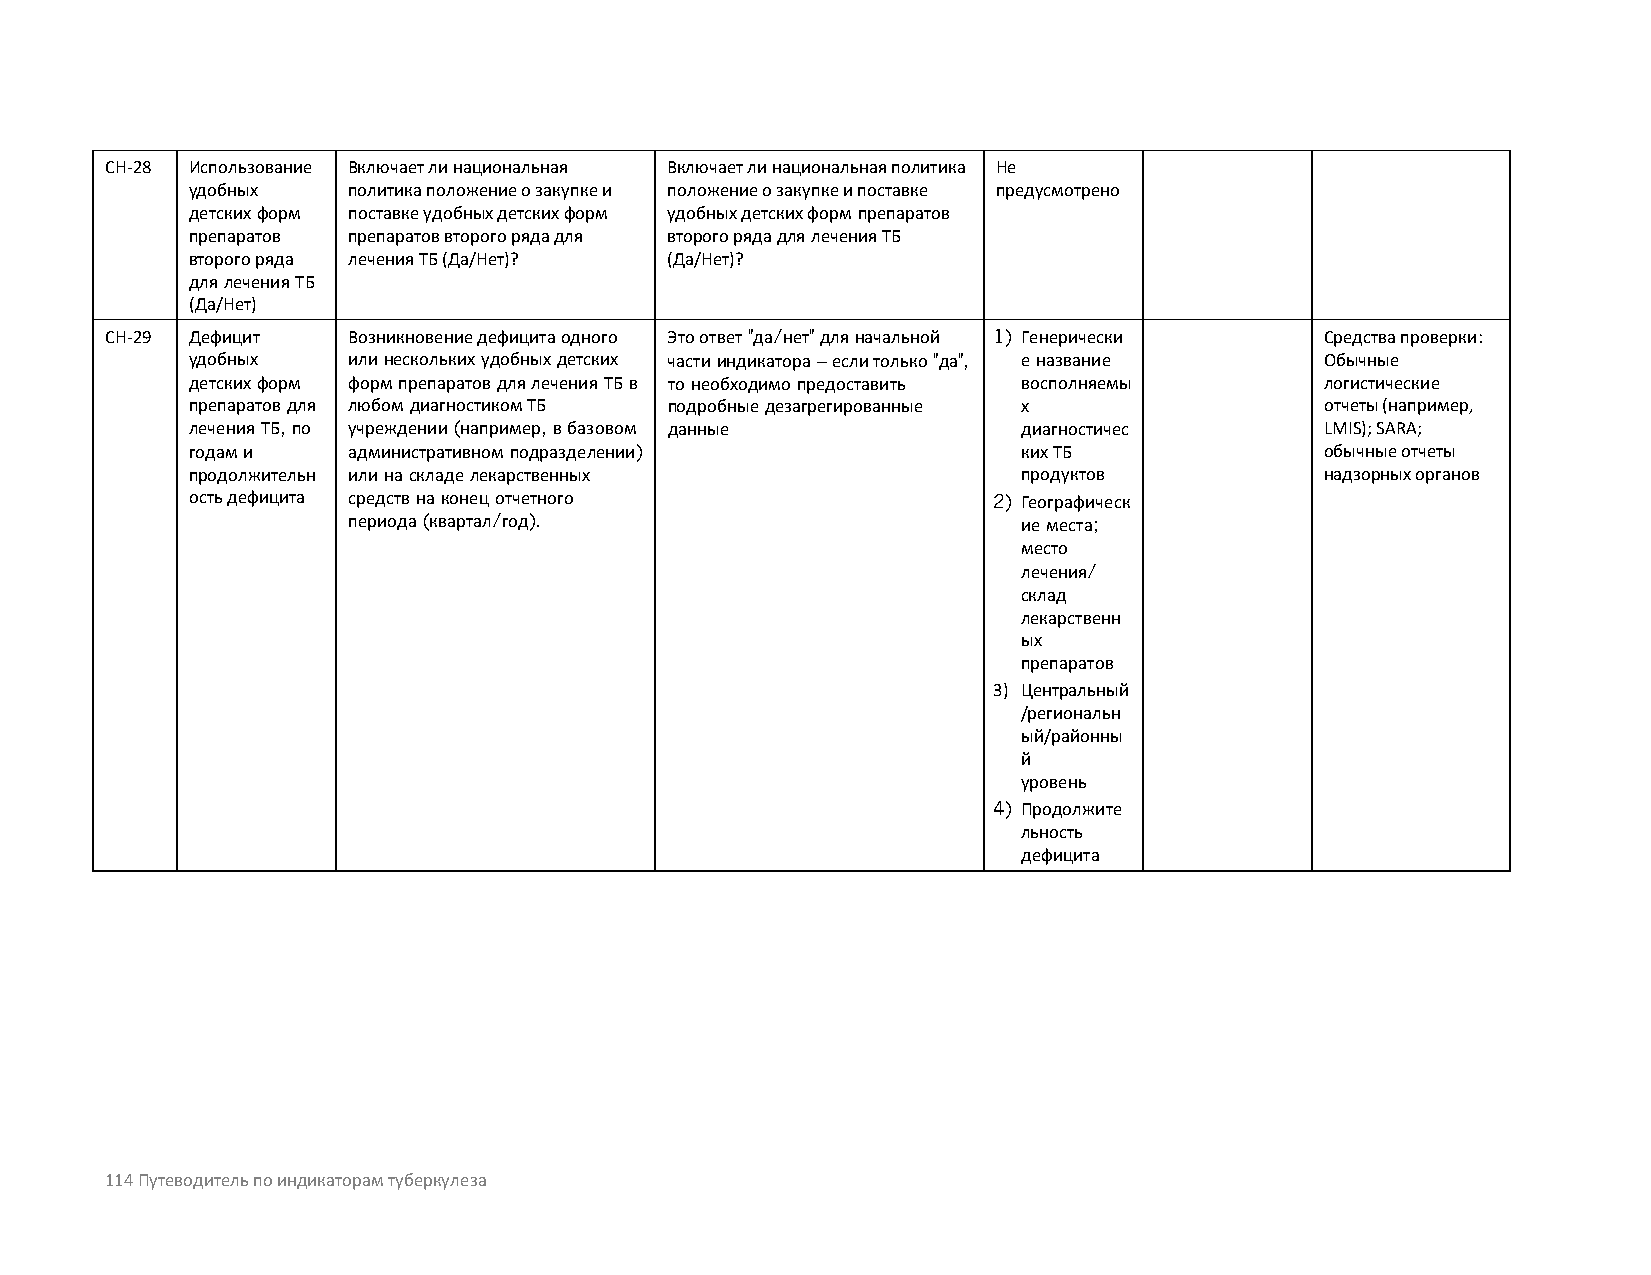
CH-28 Использование Включает ли национальная Включает ли национальная политика Не
 удобных    политика положение о закупке и положение о закупке и поставке предусмотрено
 детских форм поставке удобных детских форм удобных детских форм препаратов
 препаратов препаратов второго ряда для второго ряда для лечения ТБ
 второго ряда лечения ТБ (Да/Нет)? (Да/Нет)?
 для лечения ТБ
 (Да/Нет)
 CH-29 Дефицит   Возникновение дефицита одного Это ответ "да/нет" для начальной 1) Генерически Средства проверки:
 удобных    или нескольких удобных детских части индикатора – если только "да", е название Обычные
 детских форм форм препаратов для лечения ТБ в то необходимо предоставить восполняемы логистические
 препаратов для любом диагностиком ТБ подробные дезагрегированные х          отчеты (например,
 лечения ТБ, по учреждении (например, в базовом данные   диагностичес        LMIS); SARA;
 годам и    административном подразделении)              ких ТБ              обычные отчеты
 продолжительн или на складе лекарственных               продуктов           надзорных органов
 ость дефицита средств на конец отчетного              2) Географическ
 периода (квартал/год).                       ие места;
 место
 лечения/
 склад
 лекарственн
 ых
 препаратов
 3) Центральный
 /региональн
 ый/районны
 й
 уровень
 4) Продолжите
 льность
 дефицита
 114 Путеводитель по индикаторам туберкулеза